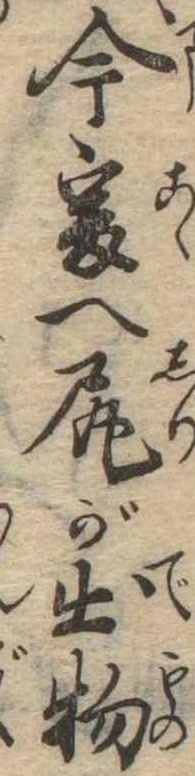
今爰へ尻が出物